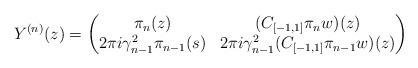
LaTeX: \begin{align*}Y^{(n)}(z) = \left(\begin{matrix}\pi_n(z) & (C_{[-1,1]}\pi_n w)(z) \\ 2\pi i \gamma_{n-1}^2 \pi_{n-1}(s) & 2\pi i\gamma_{n-1}^2 (C_{[-1,1]}\pi_{n-1} w)(z)\end{matrix}\right)\end{align*}